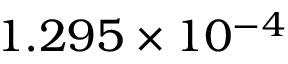
1 . 2 9 5 \times 1 0 ^ { - 4 }